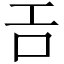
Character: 𢀛